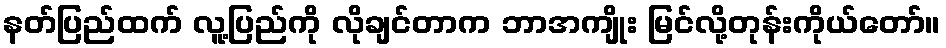
နတ်ပြည်ထက် လူ့ပြည်ကို လိုချင်တာက ဘာအကျိုး မြင်လို့တုန်းကိုယ်တော်။